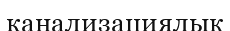
канализациялық